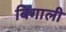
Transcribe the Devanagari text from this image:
बिगाली